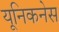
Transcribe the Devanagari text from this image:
यूनिकनेस